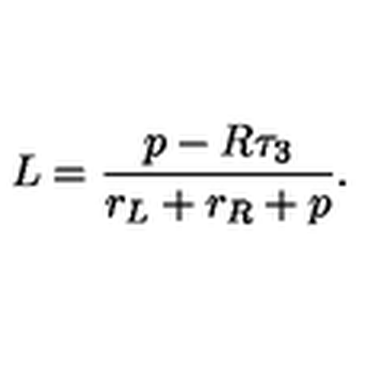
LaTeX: L = { \frac { p - R \tau _ { 3 } } { r _ { L } + r _ { R } + p } } .